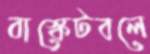
বাস্কেটবলে